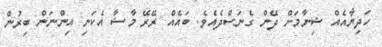
ހަދިޔާއެއް ޝިނާމަށް ދޭން ގެނަސްދެއެވެ. ބައެއް ރޭރޭ މާޝާ އެކަނި އިންނަން ބިރުން